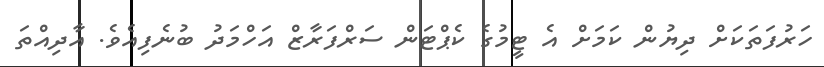
ހަރުފަތަކަށް ދިޔުން ކަމަށް އެ ޓީމުގެ ކެޕްޓަން ސަރްފަރާޒް އަހްމަދު ބުނެފިއެވެ. އާދިއްތަ